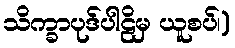
သိက္ခာပုဒ်ပါဠိမှ ယူစပ်၊)